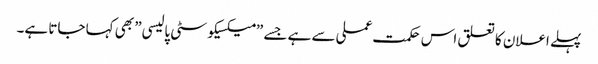
پہلے اعلان کا تعلق اس حکمت عملی سے ہے جسے ”میکسیکو سٹی پالیسی” بھی کہا جاتا ہے۔